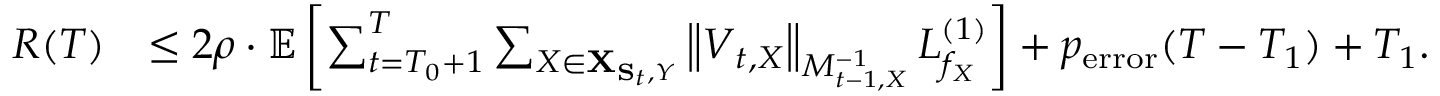
\begin{array} { r l } { R ( T ) } & { \leq 2 \rho \cdot \mathbb { E } \left[ \sum _ { t = T _ { 0 } + 1 } ^ { T } \sum _ { X \in { \bf X } _ { { \bf S } _ { t } , Y } } \left\| \boldsymbol { V } _ { t , X } \right\| _ { M _ { t - 1 , X } ^ { - 1 } } L _ { f _ { X } } ^ { ( 1 ) } \right] + p _ { \mathrm { e r r o r } } ( T - T _ { 1 } ) + T _ { 1 } . } \end{array}